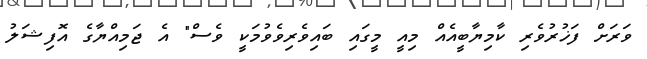
ވަރަށް ފަޚުރުވެރި ކާމިޔާބީއެއް މިއީ މީގައި ބައިވެރިވެވުމަކީ ވެސް" އެ ޖަމިއްޔާގެ އޮފިޝަލު